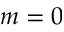
m = 0